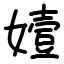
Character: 嬄